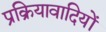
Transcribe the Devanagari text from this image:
प्रक्रियावादियों